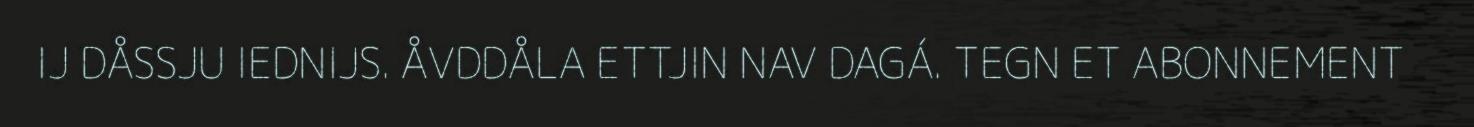
IJ DÅSSJU IEDNIJS. ÅVDDÅLA ETTJIN NAV DAGÁ. TEGN ET ABONNEMENT